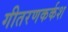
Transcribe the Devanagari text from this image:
गीतरणकर्कश